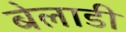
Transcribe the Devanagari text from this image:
बेलाडी